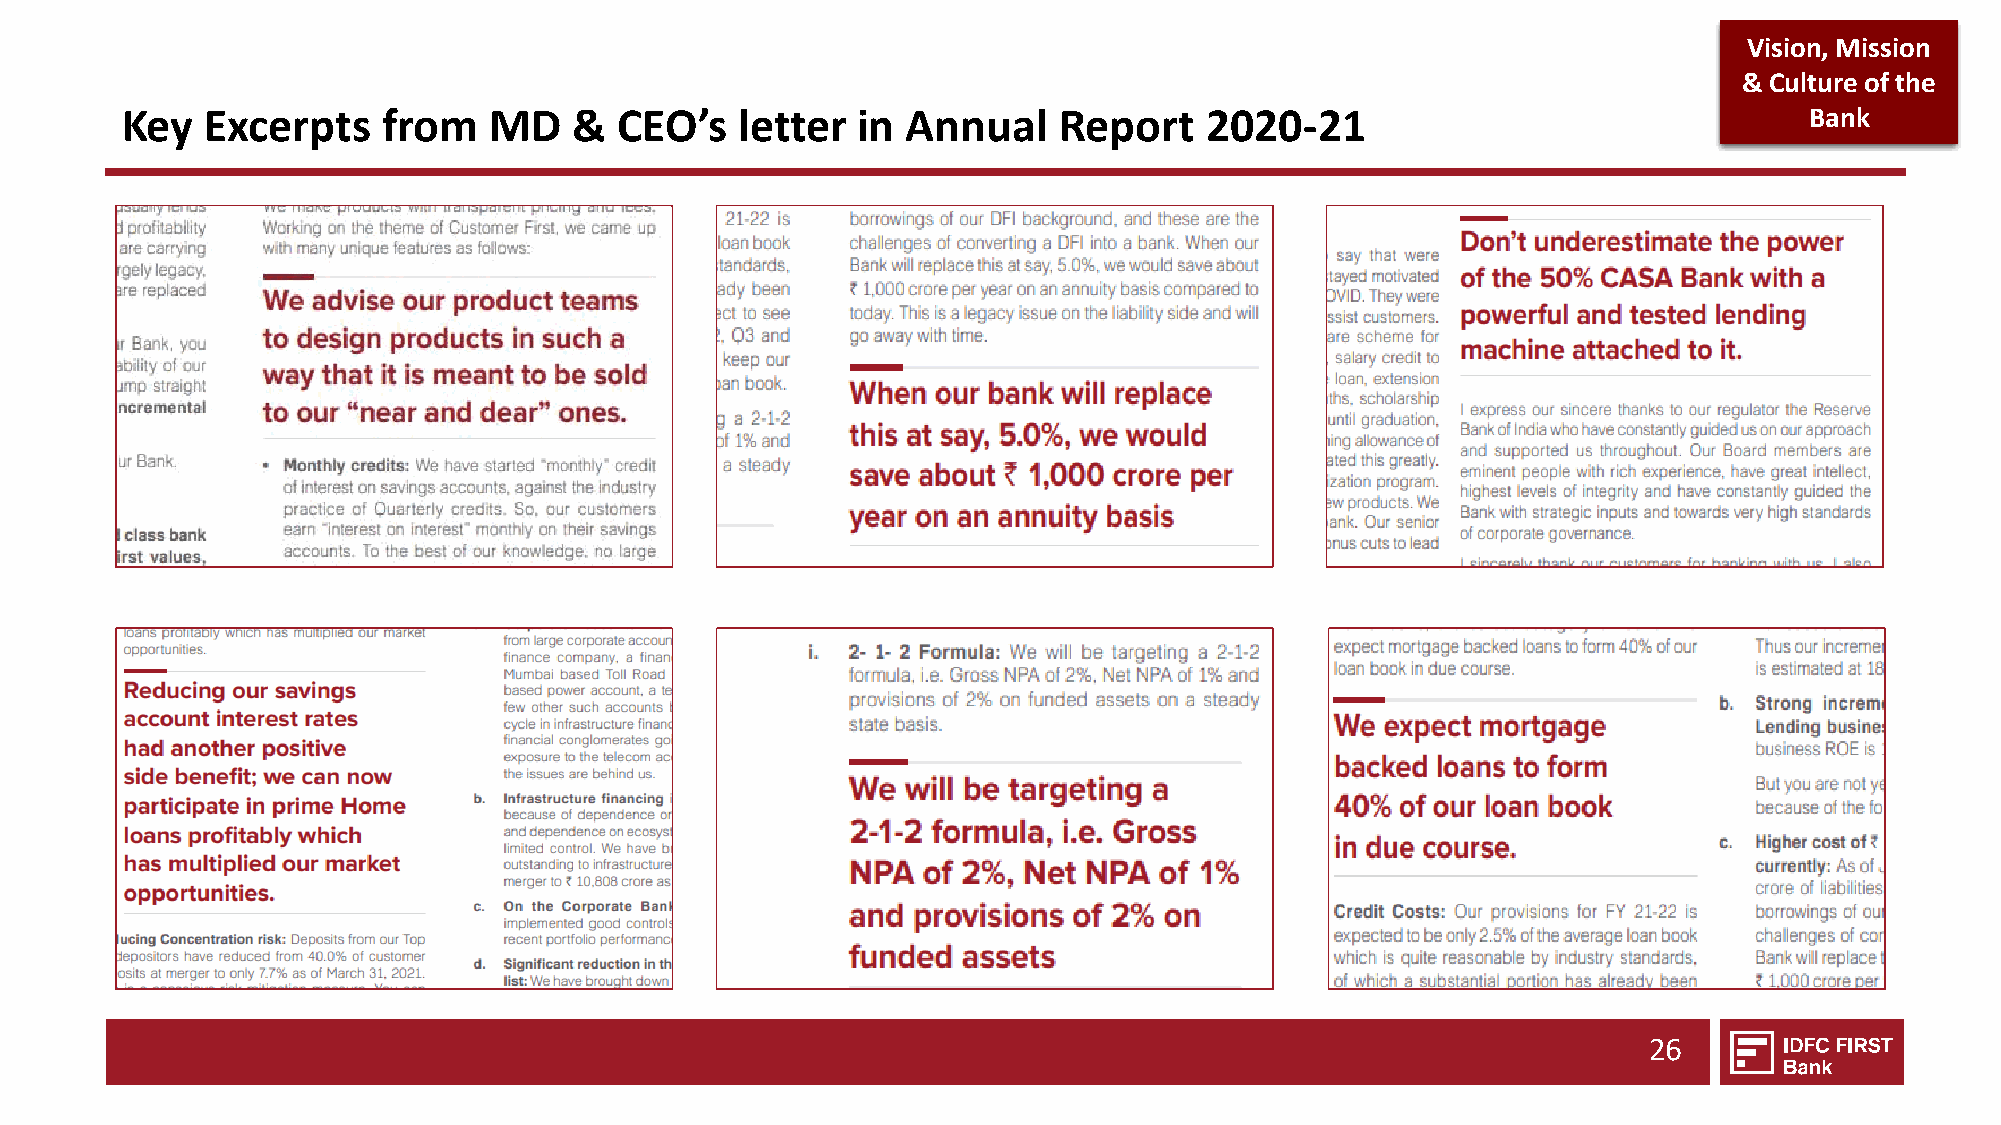
Vision, Mission
 & Culture of the
 Key   Excerpts   from   MD    &  CEO’s   letter  in Annual    Report    2020-21                                 Bank
 26